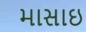
માસાઇ